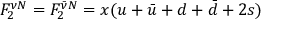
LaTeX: F _ { 2 } ^ { \nu N } = F _ { 2 } ^ { \bar { \nu } N } = x ( u + \bar { u } + d + \bar { d } + 2 s )